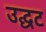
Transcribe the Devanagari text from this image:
उद्घट